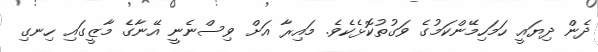
ދެން ދިޔައީ ހަމަހިމޭންކަމުގެ ވަގުތުކޮޅެކެވެ. މައިރާ އަށް ވިސްނެނީ އޭނާގެ މާޒީގައި ހިނގި